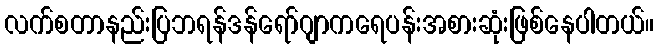
လက်စတာနည်းပြဘရန်ဒန်ရော်ဂျာကရေပန်းအစားဆုံးဖြစ်နေပါတယ်။